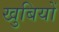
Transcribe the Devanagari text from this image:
खुबियों